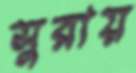
সুরায়